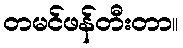
တမင်ဖန်တီးတာ။